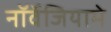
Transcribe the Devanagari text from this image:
नॉर्वेजियामे